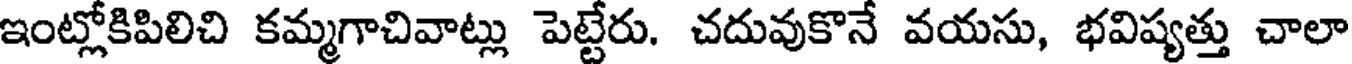
ఇంట్లోకిపిలిచి కమ్మగాచివాట్లు పెట్టేరు. చదువుకొనే వయసు, భవిష్యత్తు చాలా